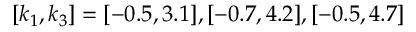
[ k _ { 1 } , k _ { 3 } ] = [ - 0 . 5 , 3 . 1 ] , [ - 0 . 7 , 4 . 2 ] , [ - 0 . 5 , 4 . 7 ]